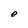
Character: e